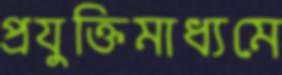
প্রযুক্তিমাধ্যমে